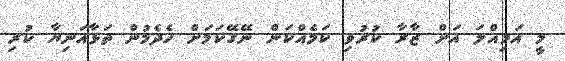
މީ އަމިއްލަ އަށް ޒާރާ ކުރުވި ކަމެއްކަން ނޭގޭކަމަށް ހެދެމުން ތަޅާއަނިޔާ ކުރި